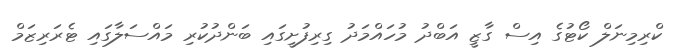
ކްރިމިނަލް ކޯޓުގެ އިސް ގާޒީ އަބްދު މުހައްމަދު ގިރިފުށީގައި ބަންދުކުރި މައްސަލާގައި ޓެރަރިޒަމް